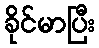
ခိုင်မာပြီး